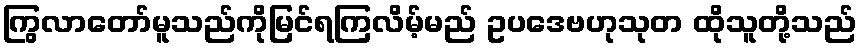
ကြွလာတော်မူသည်ကိုမြင်ရကြလိမ့်မည် ဥပဒေဗဟုသုတ ထိုသူတို့သည်